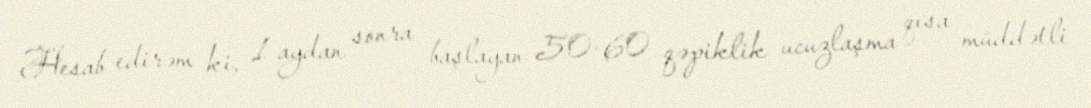
Hesab edirəm ki, 1 aydan sonra başlayan 50-60 qəpiklik ucuzlaşma qısa müddətli